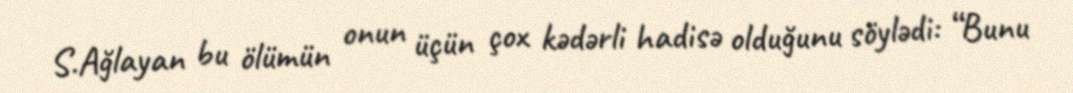
S.Ağlayan bu ölümün onun üçün çox kədərli hadisə olduğunu söylədi: “Bunu